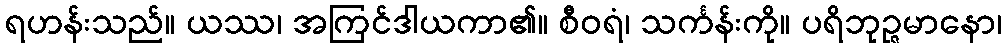
ရဟန်းသည်။ ယဿ၊ အကြင်ဒါယကာ၏။ စီဝရံ၊ သင်္ကန်းကို။ ပရိဘုဉ္ဇမာနော၊